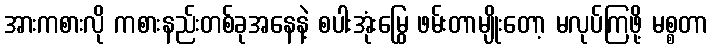
အားကစားလို ကစားနည်းတစ်ခုအနေနဲ့ စပါးအုံးမြွေ ဖမ်းတာမျိုးတော့ မလုပ်ကြဖို့ မစ္စတာ